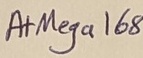
Text: AtMega168